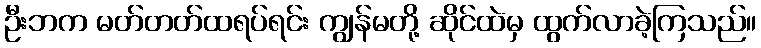
ဦးဘက မတ်တတ်ထရပ်ရင်း ကျွန်မတို့ ဆိုင်ထဲမှ ထွက်လာခဲ့ကြသည်။